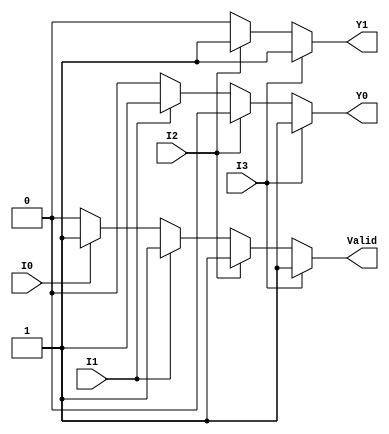
module PriorityEncoder4to2 (
    input wire I0,       // Input 0
    input wire I1,       // Input 1
    input wire I2,       // Input 2
    input wire I3,       // Input 3
    output reg Y1,       // Output bit 1 (most significant bit)
    output reg Y0,       // Output bit 0 (least significant bit)
    output reg Valid     // Valid signal
);

// Combinational logic for the priority encoder
always @(*) begin
    // Initialize outputs
    Y1 = 1'b0;
    Y0 = 1'b0;
    Valid = 1'b0; // Default valid to low

    // Priority Encoding Logic
    if (I3) begin
        Y1 = 1'b1;  // Highest priority
        Y0 = 1'b1;
        Valid = 1'b1; // At least one input is high
    end else if (I2) begin
        Y1 = 1'b1;
        Y0 = 1'b0;
        Valid = 1'b1;
    end else if (I1) begin
        Y1 = 1'b0;
        Y0 = 1'b1;
        Valid = 1'b1;
    end else if (I0) begin
        Y1 = 1'b0;
        Y0 = 1'b0;
        Valid = 1'b1;
    end else begin
        Valid = 1'b0; // All inputs are low
    end
end

endmodule